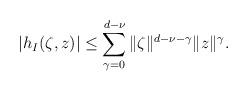
LaTeX: \begin{align*} |h_I(\zeta,z)| \leq \sum_{\gamma=0}^{d-\nu} \|\zeta\|^{d-\nu-\gamma} \|z\|^\gamma.\end{align*}